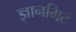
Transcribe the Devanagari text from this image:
ज्ञानमिदं